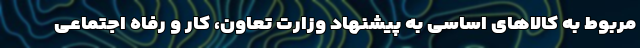
مربوط به کالاهای اساسی به پیشنهاد وزارت تعاون، کار و رفاه اجتماعی